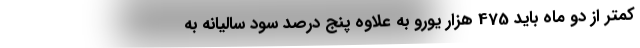
کمتر از دو ماه باید 475 هزار یورو به علاوه پنج درصد سود سالیانه به